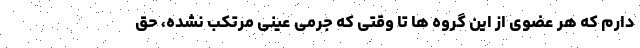
دارم که هر عضوی از این گروه ها تا وقتی که جرمی عینی مرتکب نشده، حق